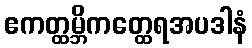
ဧကတ္ထမ္ဘိကတ္ထေရအပဒါနံ